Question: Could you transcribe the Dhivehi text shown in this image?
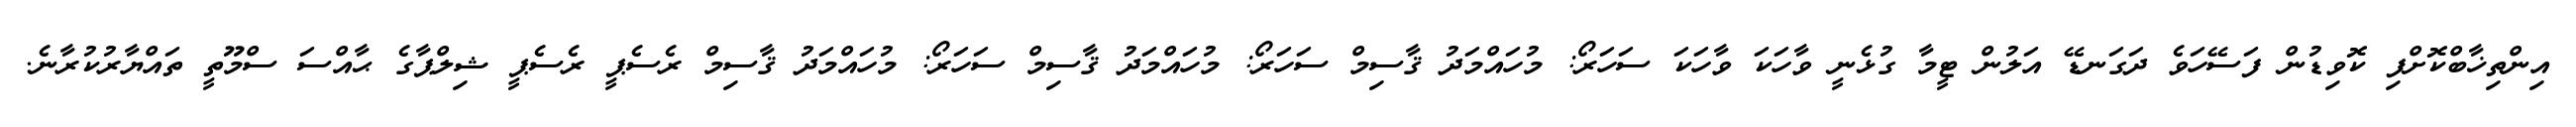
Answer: އިންތިޚާބްކޮށްފި ކޮވިޑުން ފަސޭހަވެ ދަގަނޑޭ އަލުން ޓީމާ ގުޅެނީ ވާހަކަ ވާހަކަ ސަހަރޯ: މުހައްމަދު ޤާސިމް ސަހަރޯ: މުހައްމަދު ޤާސިމް ސަހަރޯ: މުހައްމަދު ޤާސިމް ރެސެޕީ ރެސެޕީ ޝިލްޕާގެ ޙާއްސަ ސްމޫތީ ތައްޔާރުކުރާނެ.